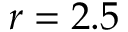
r = 2 . 5